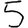
Digit: 5